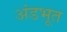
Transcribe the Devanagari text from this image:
अंडभूत